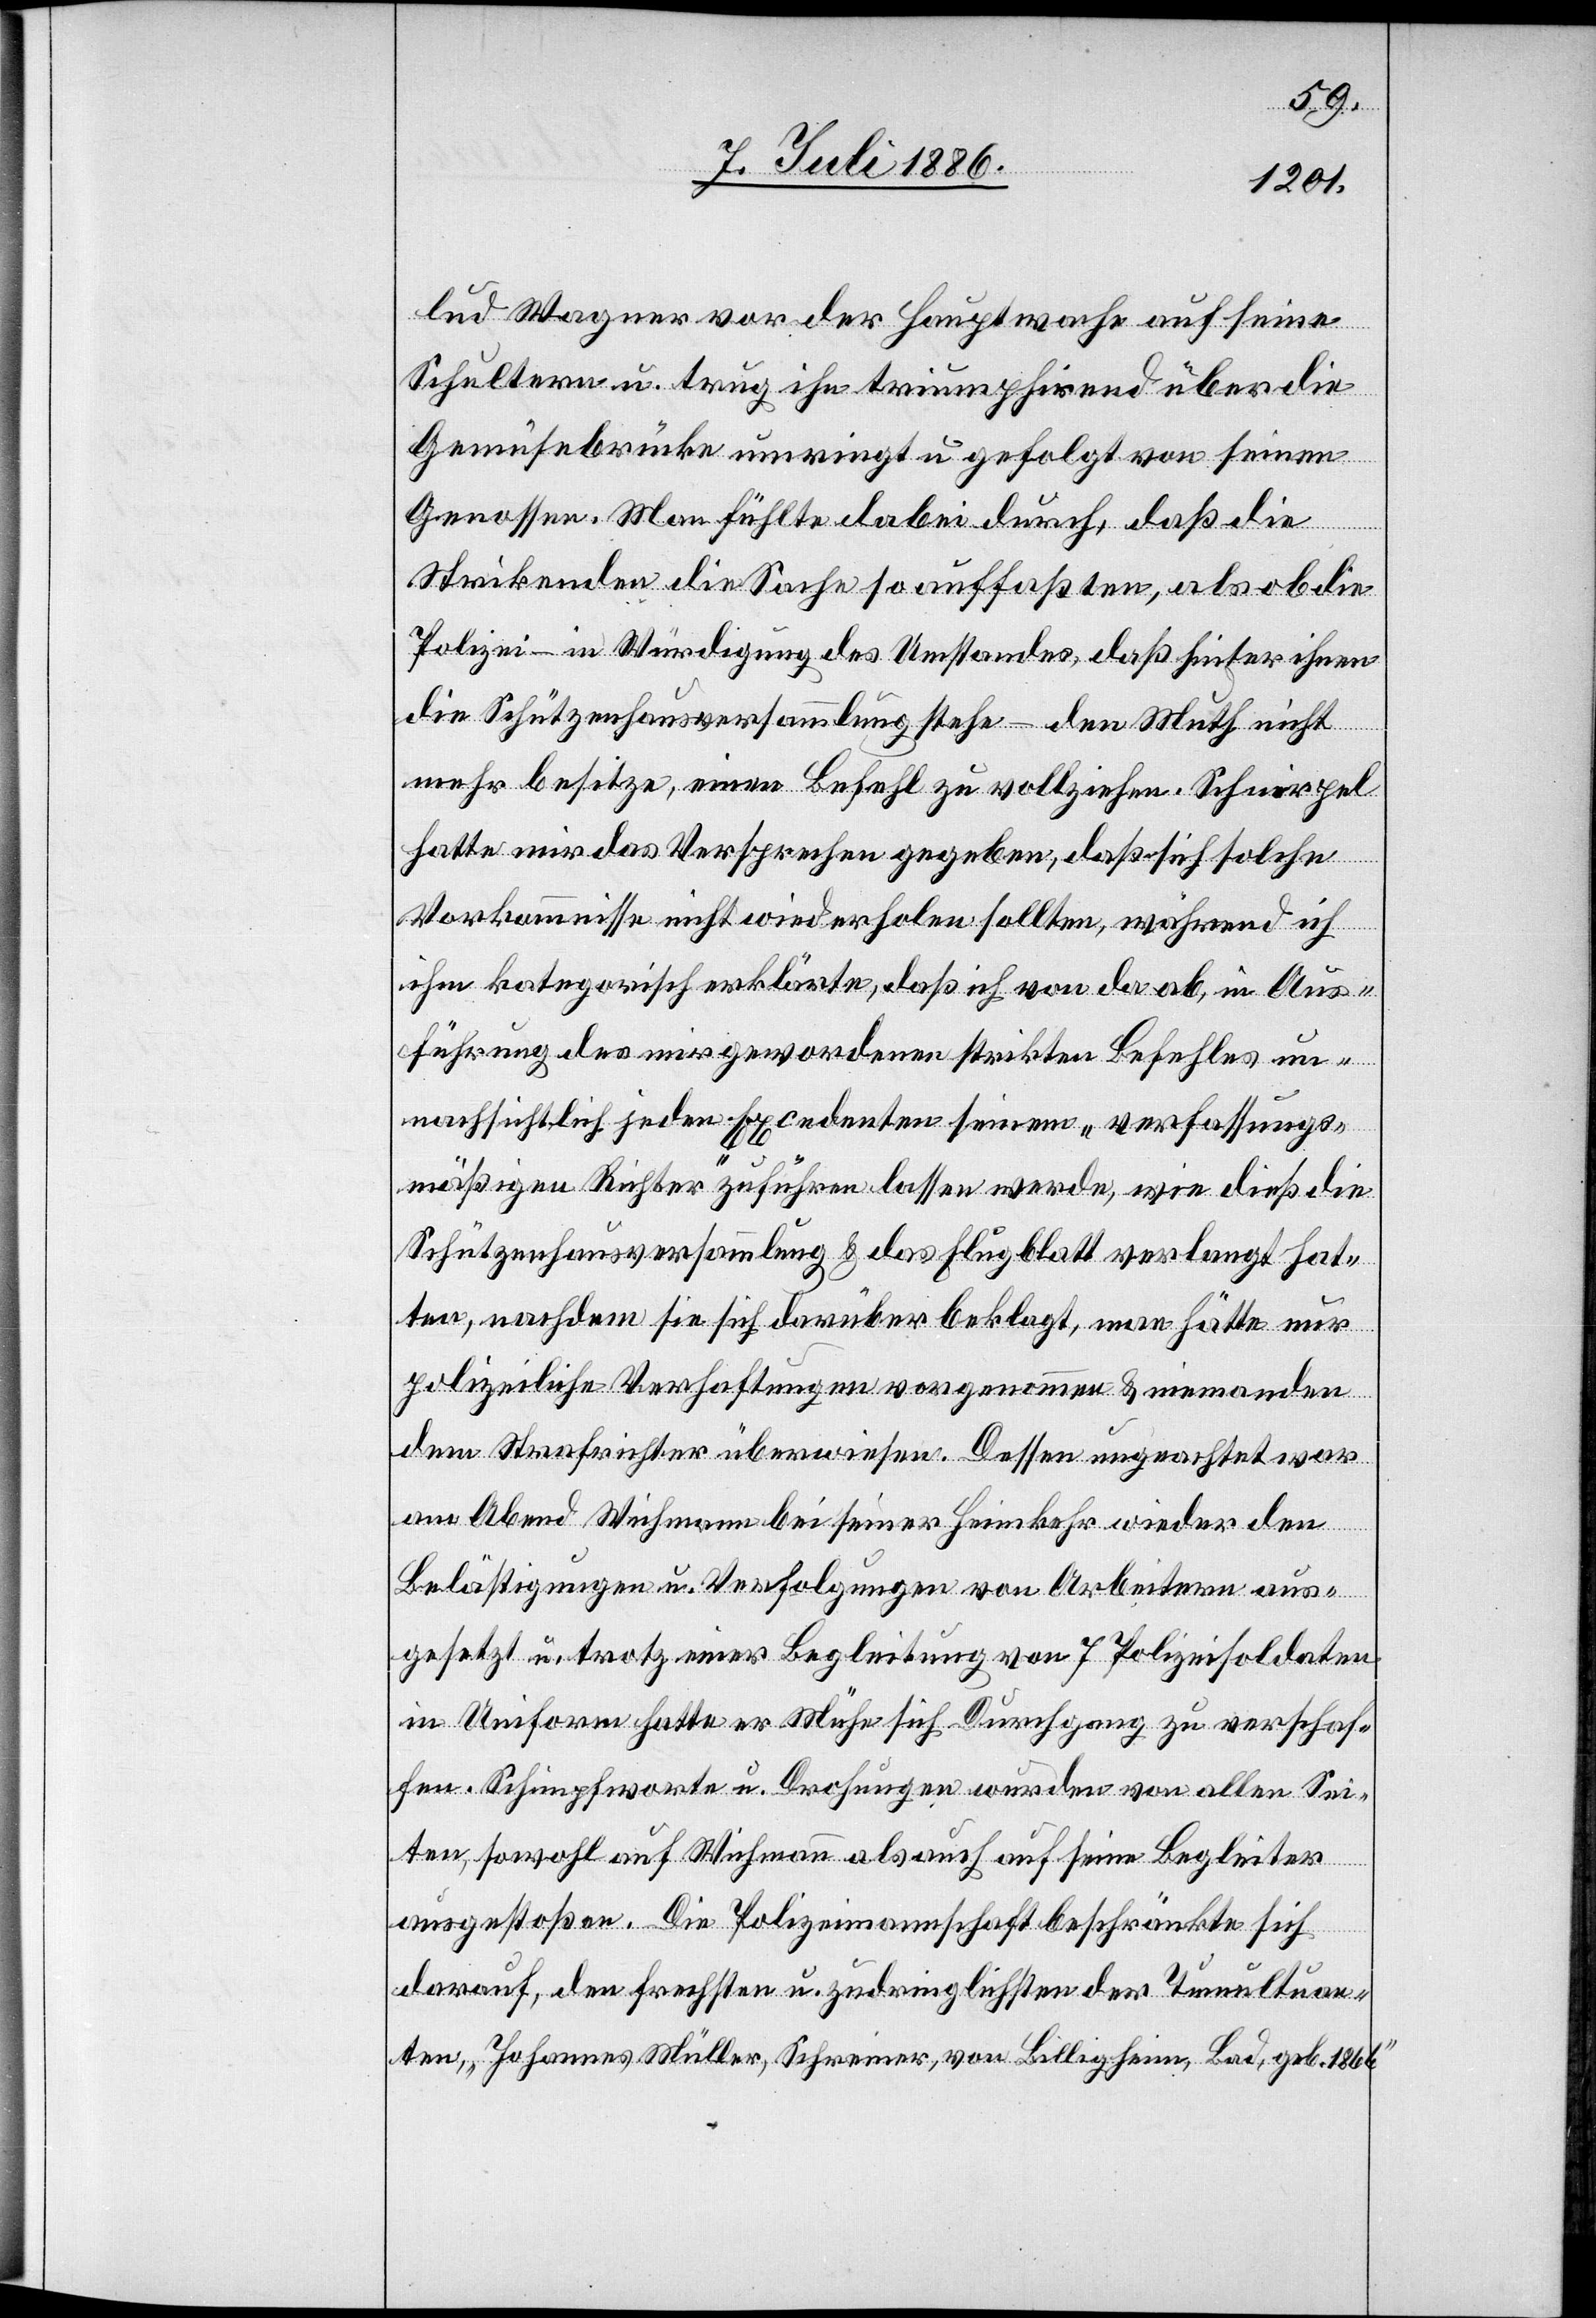
lud Wagner vor der Hauptwache auf seine
Schultern u. trug ihn triumphirend über die
Gemüsebrücke umringt u. gefolgt von seinen
Genossen. Man fühlte dabei durch, daß die
Strikenden die Sache so auffaßten, als ob die
Polizei – in Würdigung des Umstandes, daß hinter ihnen
die Schützenhausversammlung stehe – den Muth nicht
mehr besitze, einen Befehl zu vollziehen. Schnirpel
hatte mir das Versprechen gegeben, daß sich solche
Vorkommnisse nicht wiederholten sollten, während ich
ihm kategorisch erklärte, daß ich von da ab, in Aus¬
führung des mir gewordenen strikten Befehles un¬
nachsichtlich jeden Excedenten seinem „verfassungs¬
mäßigen Richter“ zuführen lassen werde, wie dieß die
Schützenhausversammlung & das Flugblatt verlangt hat¬
ten, nachdem sie sich darüber beklagt, man hätte nur
polizeiliche Verhaftungen vorgenommen & niemanden
dem Strafrichter überwiesen. Dessen ungeachtet war
am Abend Wichmann bei seiner Heimkehr wieder den
Belästigungen u. Verfolgungen von Arbeitern aus¬
gesetzt u. trotz einer Begleitung von 7 Polizeisoldaten
in Uniform hatte er Mühe sich Durchgang zu verschaf¬
fen. Schimpfworte u. Drohungen wurden von allen Sei¬
ten, sowohl auf Wichmann als auch auf seine Begleiter
ausgestoßen. Die Polizeimannschaft beschränkte sich
darauf, den frechsten u. zudringlichsten der Tumultuan¬
ten, Johannes Müller, Schreiner, von Billigheim, Bad, geb. 1866